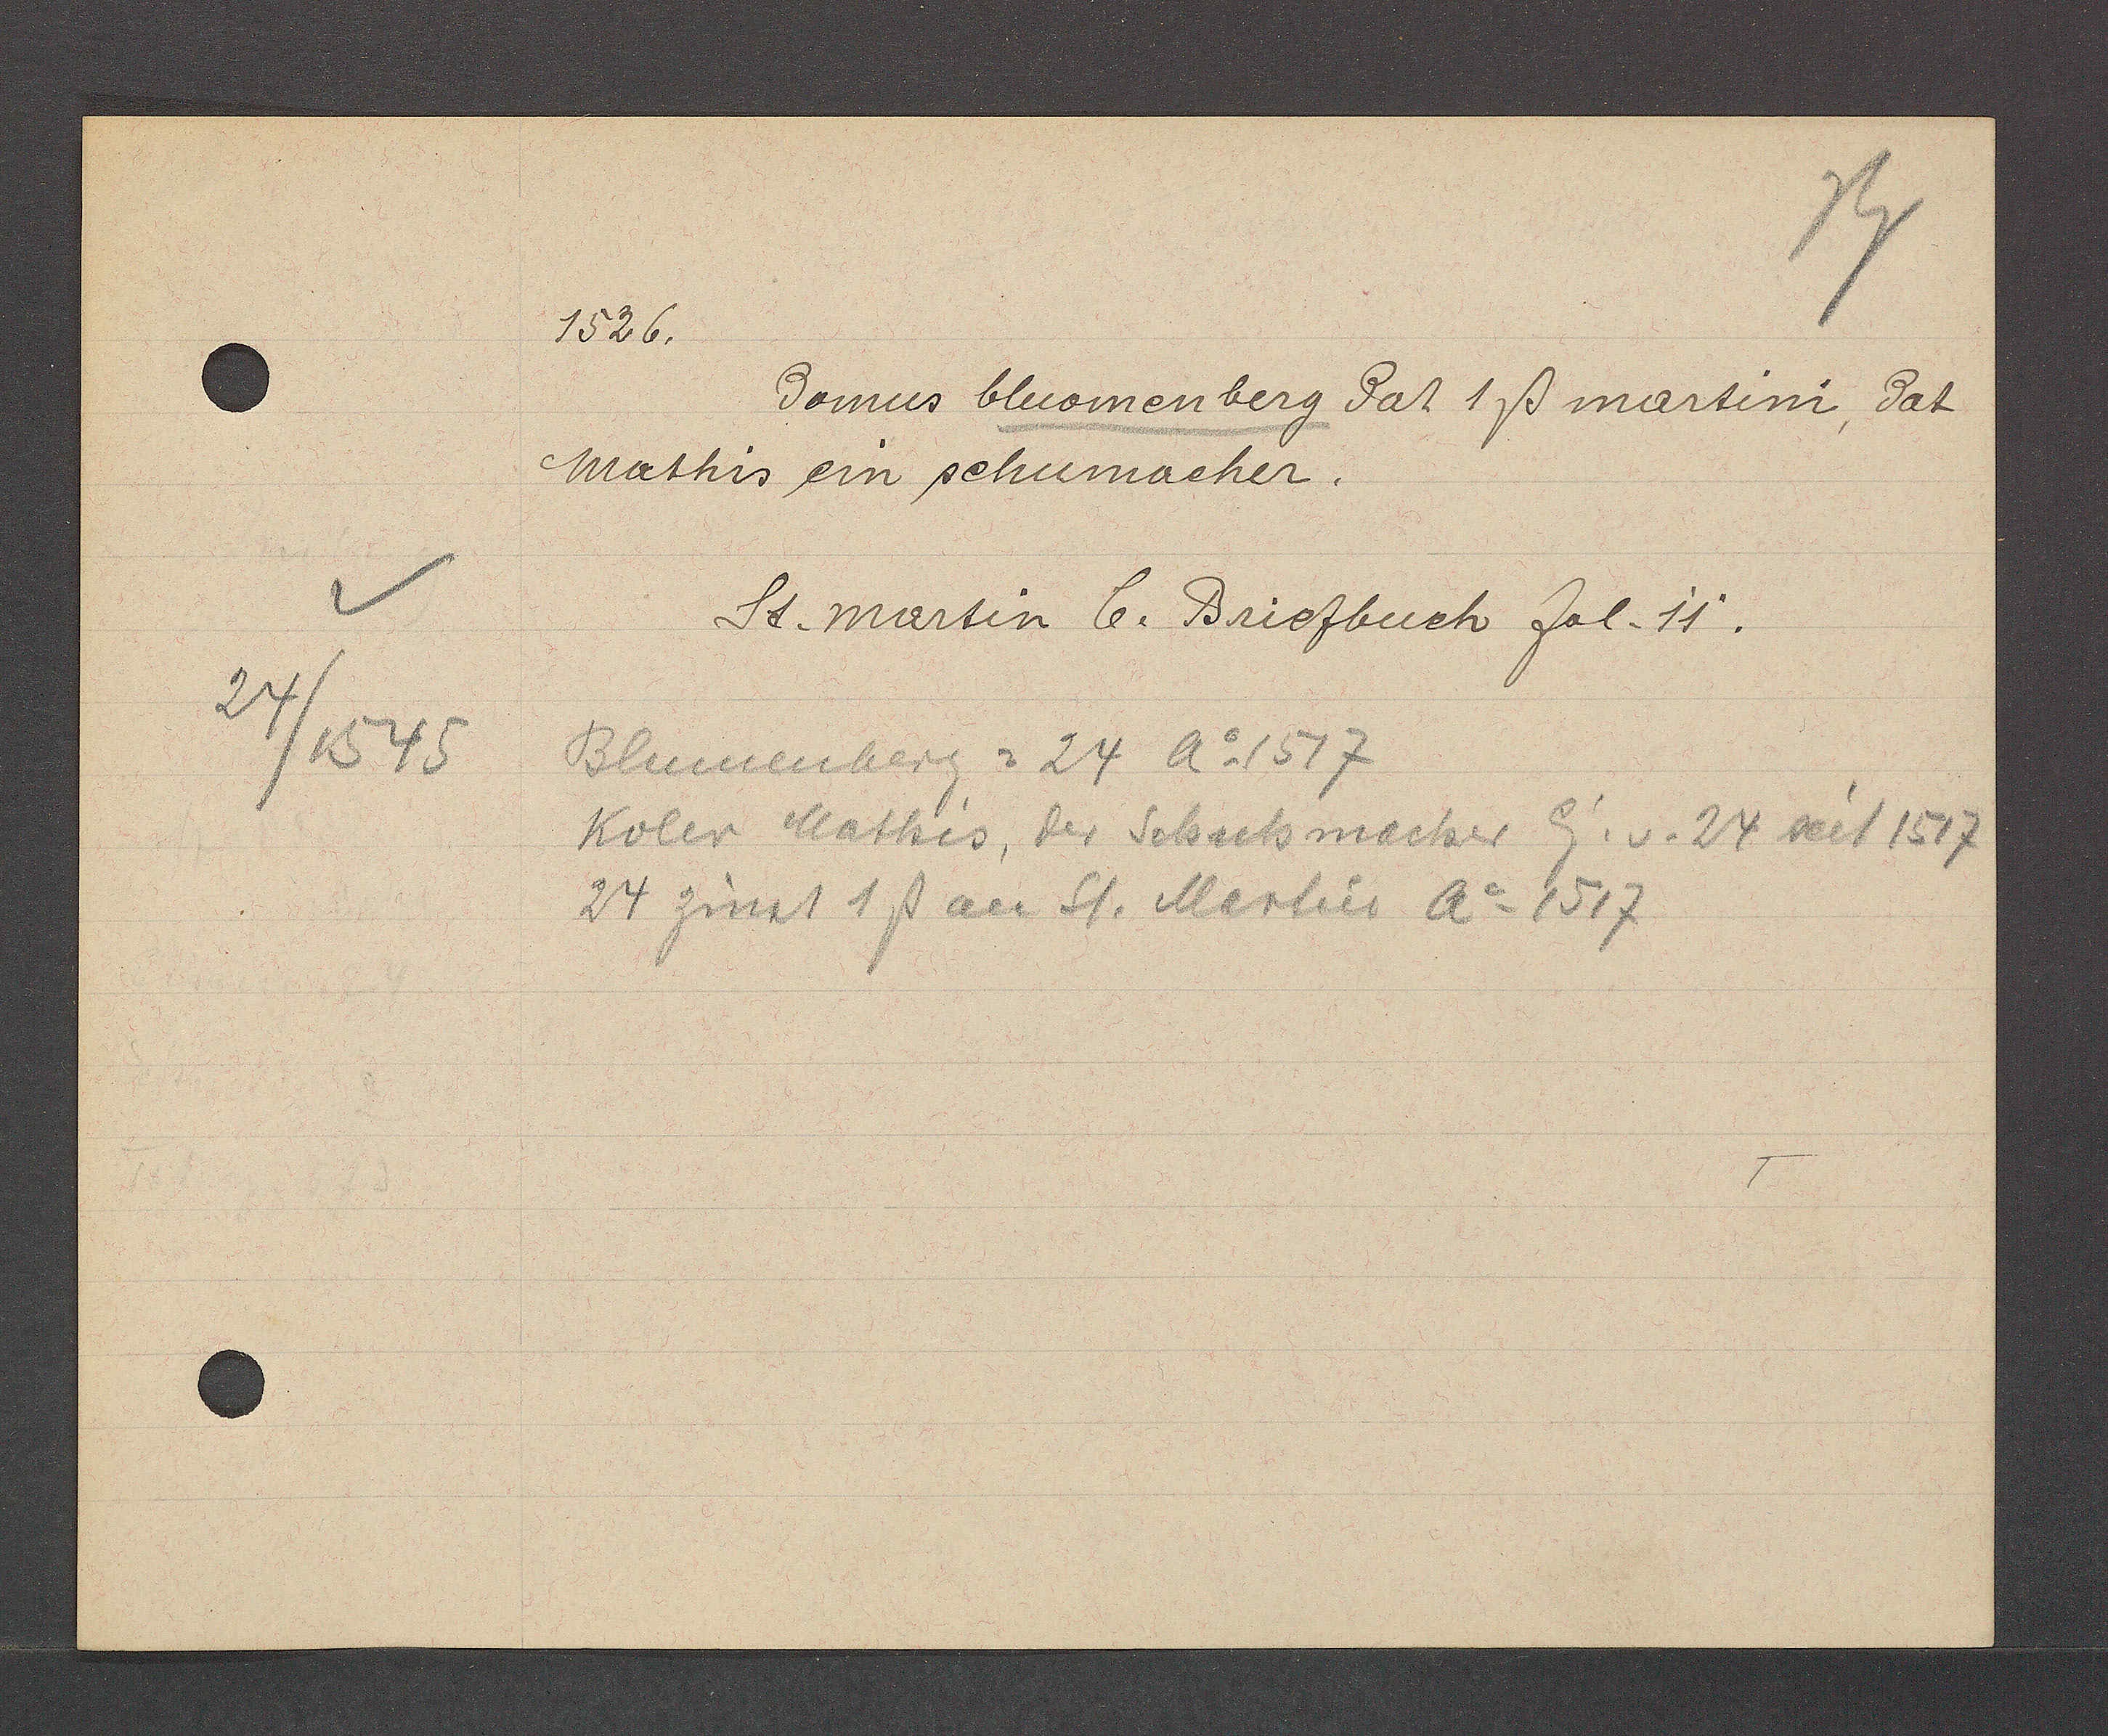
Transcript:
24/ 1545

7526.
Domus bluomenberg dat 1ß martini, dat
Mathis ein schumacher.
St. Martin b. Briefbuch fol. 11.
Blumenberg = 24 Ao1517
Koler Mathis, der Schuhmacher Eg.v.24 seit 1517
24 zinst 1ß an St. Martin Ao 1517